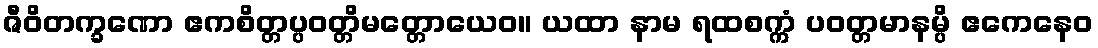
ဇီဝိတက္ခဏော ဧကစိတ္တပ္ပဝတ္တိမတ္တောယေဝ။ ယထာ နာမ ရထစက္ကံ ပဝတ္တမာနမ္ပိ ဧကေနေဝ